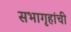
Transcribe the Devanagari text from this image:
सभागृहांची